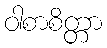
ဝါစာစိတ္တာ